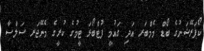
ކޯޕަރޭޝަނުގެ ބޯޑް މެމްބަރ އަދި ގައުމީ ފުޓްބޯޅަ ޓީމުގެ ކުރީގެ މެނޭޖަރ ސަލްސާ